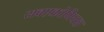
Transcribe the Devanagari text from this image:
सबएक्रोमियल